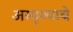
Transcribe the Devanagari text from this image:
अस्पृश्‍याचे